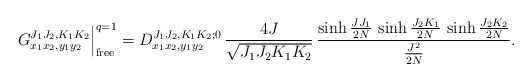
\begin{align*}G^{J_1 J_2,K_1 K_2}_{x_1 x_2,y_1 y_2} \Big|^{q=1}_{{\rm free}} =D^{J_1 J_2,K_1 K_2;0}_{x_1 x_2,y_1 y_2}\,\frac{4 J}{\sqrt{J_1 J_2 K_1 K_2}}\,\frac{\sinh \frac{J J_1}{2 N} \,\sinh \frac{J_2 K_1}{2 N} \,\sinh \frac{J_2 K_2}{2 N} }{\frac{J^2}{2 N}} .\end{align*}